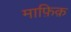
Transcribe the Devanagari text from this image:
माफ़िक़